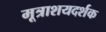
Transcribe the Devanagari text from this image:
मूत्राशयदर्शक